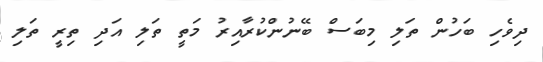
ދިވެހި ބަހުން ތަލި މިބަސް ބޭނުންކުރާއިރު މަތީ ތަލި އަދި ތިރީ ތަލި